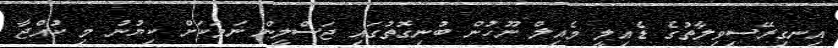
އިނގިރޭސިވިލާތުގެ ޑެއިލީ މެއިލް ނޫހުން ބުނިގޮތުގައި ޖަސްލީން ނަމަކަށް ކިޔުނު މި ކުއްޖާ